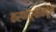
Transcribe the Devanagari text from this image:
करणाऱ्यांकडून